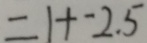
= 1 + - 2 . 5